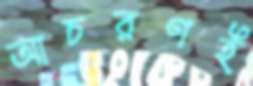
আচরণই